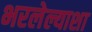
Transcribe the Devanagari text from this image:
भरलेल्याशा